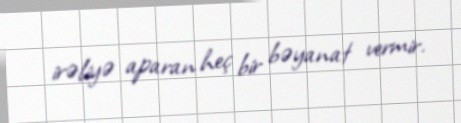
irəliyə aparan heç bir bəyanat vermir.